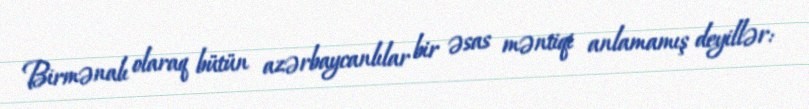
Birmənalı olaraq bütün azərbaycanlılar bir əsas məntiqi anlamamış deyillər: